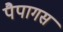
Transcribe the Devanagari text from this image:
पैपागस